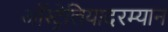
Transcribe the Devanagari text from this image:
ऑस्ट्रेलियादरम्यान